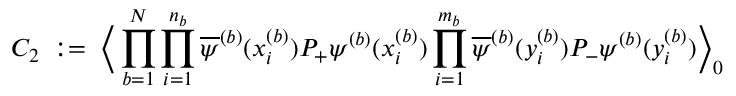
C _ { 2 } \; : = \; \Big \langle \prod _ { b = 1 } ^ { N } \prod _ { i = 1 } ^ { n _ { b } } \overline { { { \psi } } } ^ { ( b ) } ( x _ { i } ^ { ( b ) } ) P _ { + } \psi ^ { ( b ) } ( x _ { i } ^ { ( b ) } ) \prod _ { i = 1 } ^ { m _ { b } } \overline { { { \psi } } } ^ { ( b ) } ( y _ { i } ^ { ( b ) } ) P _ { - } \psi ^ { ( b ) } ( y _ { i } ^ { ( b ) } ) \Big \rangle _ { 0 }